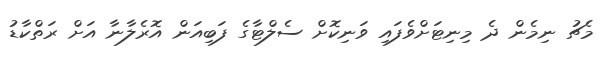
މެޗު ނިމެން ދެ މިނިޓަށްވެފައި ވަނިކޮށް ސެލްޓާގެ ފަބިއަން އޮރެލާނާ އަށް ރަތްކާޑު